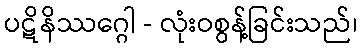
ပဋိနိဿဂ္ဂေါ - လုံးဝစွန့်ခြင်းသည်၊